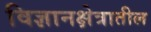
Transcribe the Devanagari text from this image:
विज्ञानक्षेत्रातील